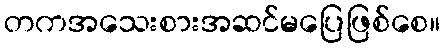
တကအသေးစားအဆင်မပြေဖြစ်စေ။